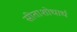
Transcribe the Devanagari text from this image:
सीताशोधार्ध